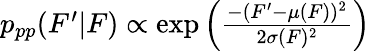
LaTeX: \begin{array}{r}{p_{pp}(F^{\prime}|F)\propto\exp\left(\frac{-(F^{\prime}-\mu(F))^{2}}{2\sigma(F)^{2}}\right)}\end{array}